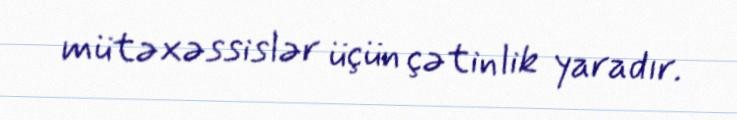
mütəxəssislər üçün çətinlik yaradır.